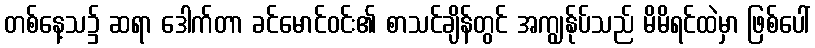
တစ်နေ့သ၌ ဆရာ ဒေါက်တာ ခင်မောင်ဝင်း၏ စာသင်ချိန်တွင် အကျွန်ုပ်သည် မိမိရင်ထဲမှာ ဖြစ်ပေါ်